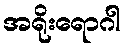
အရိုးရောဂါ